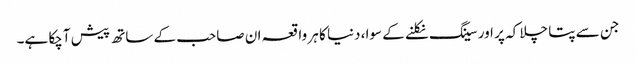
جن سے پتا چلا کہ پر اور سینگ نکلنے کے سوا، دنیا کا ہر واقعہ ان صاحب کے ساتھ پیش آچکا ہے۔